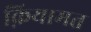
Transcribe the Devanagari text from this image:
क़ियामत